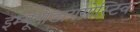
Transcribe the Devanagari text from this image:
इम्यूनोडायग्नोस्टिक